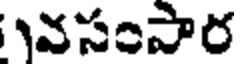
వసంపార